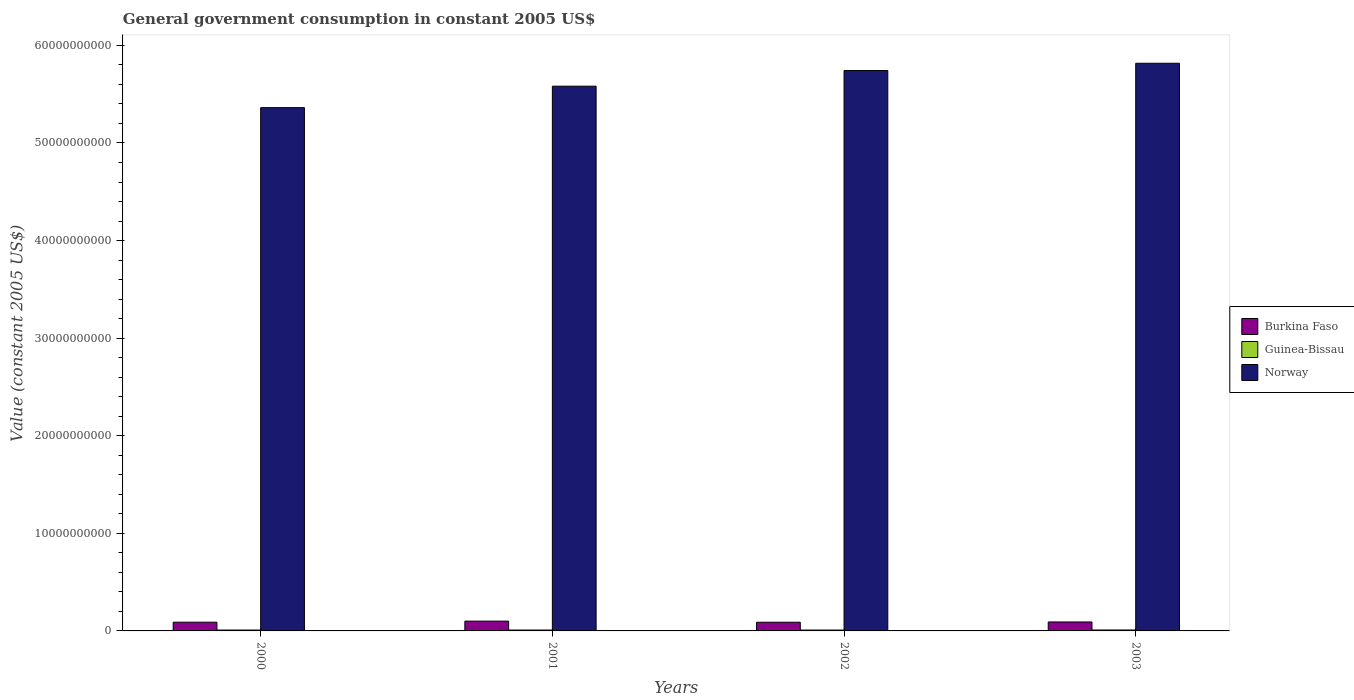
| Years | Burkina Faso | Guinea-Bissau | Norway |
 | --- | --- | --- | --- |
 | 2000 | 8.95e+08 | 9.01e+07 | 5.36e+10 |
 | 2001 | 1e+09 | 9.12e+07 | 5.58e+10 |
 | 2002 | 8.9e+08 | 8.84e+07 | 5.74e+10 |
 | 2003 | 9.18e+08 | 9.55e+07 | 5.82e+10 |